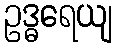
ဥဒ္ဓရေယျ